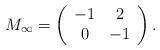
LaTeX: \begin{align*}M_{\infty}= \left( \begin{array}{cc} -1 & 2 \\ 0 & -1 \end{array} \right).\end{align*}